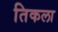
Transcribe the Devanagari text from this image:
तिकला